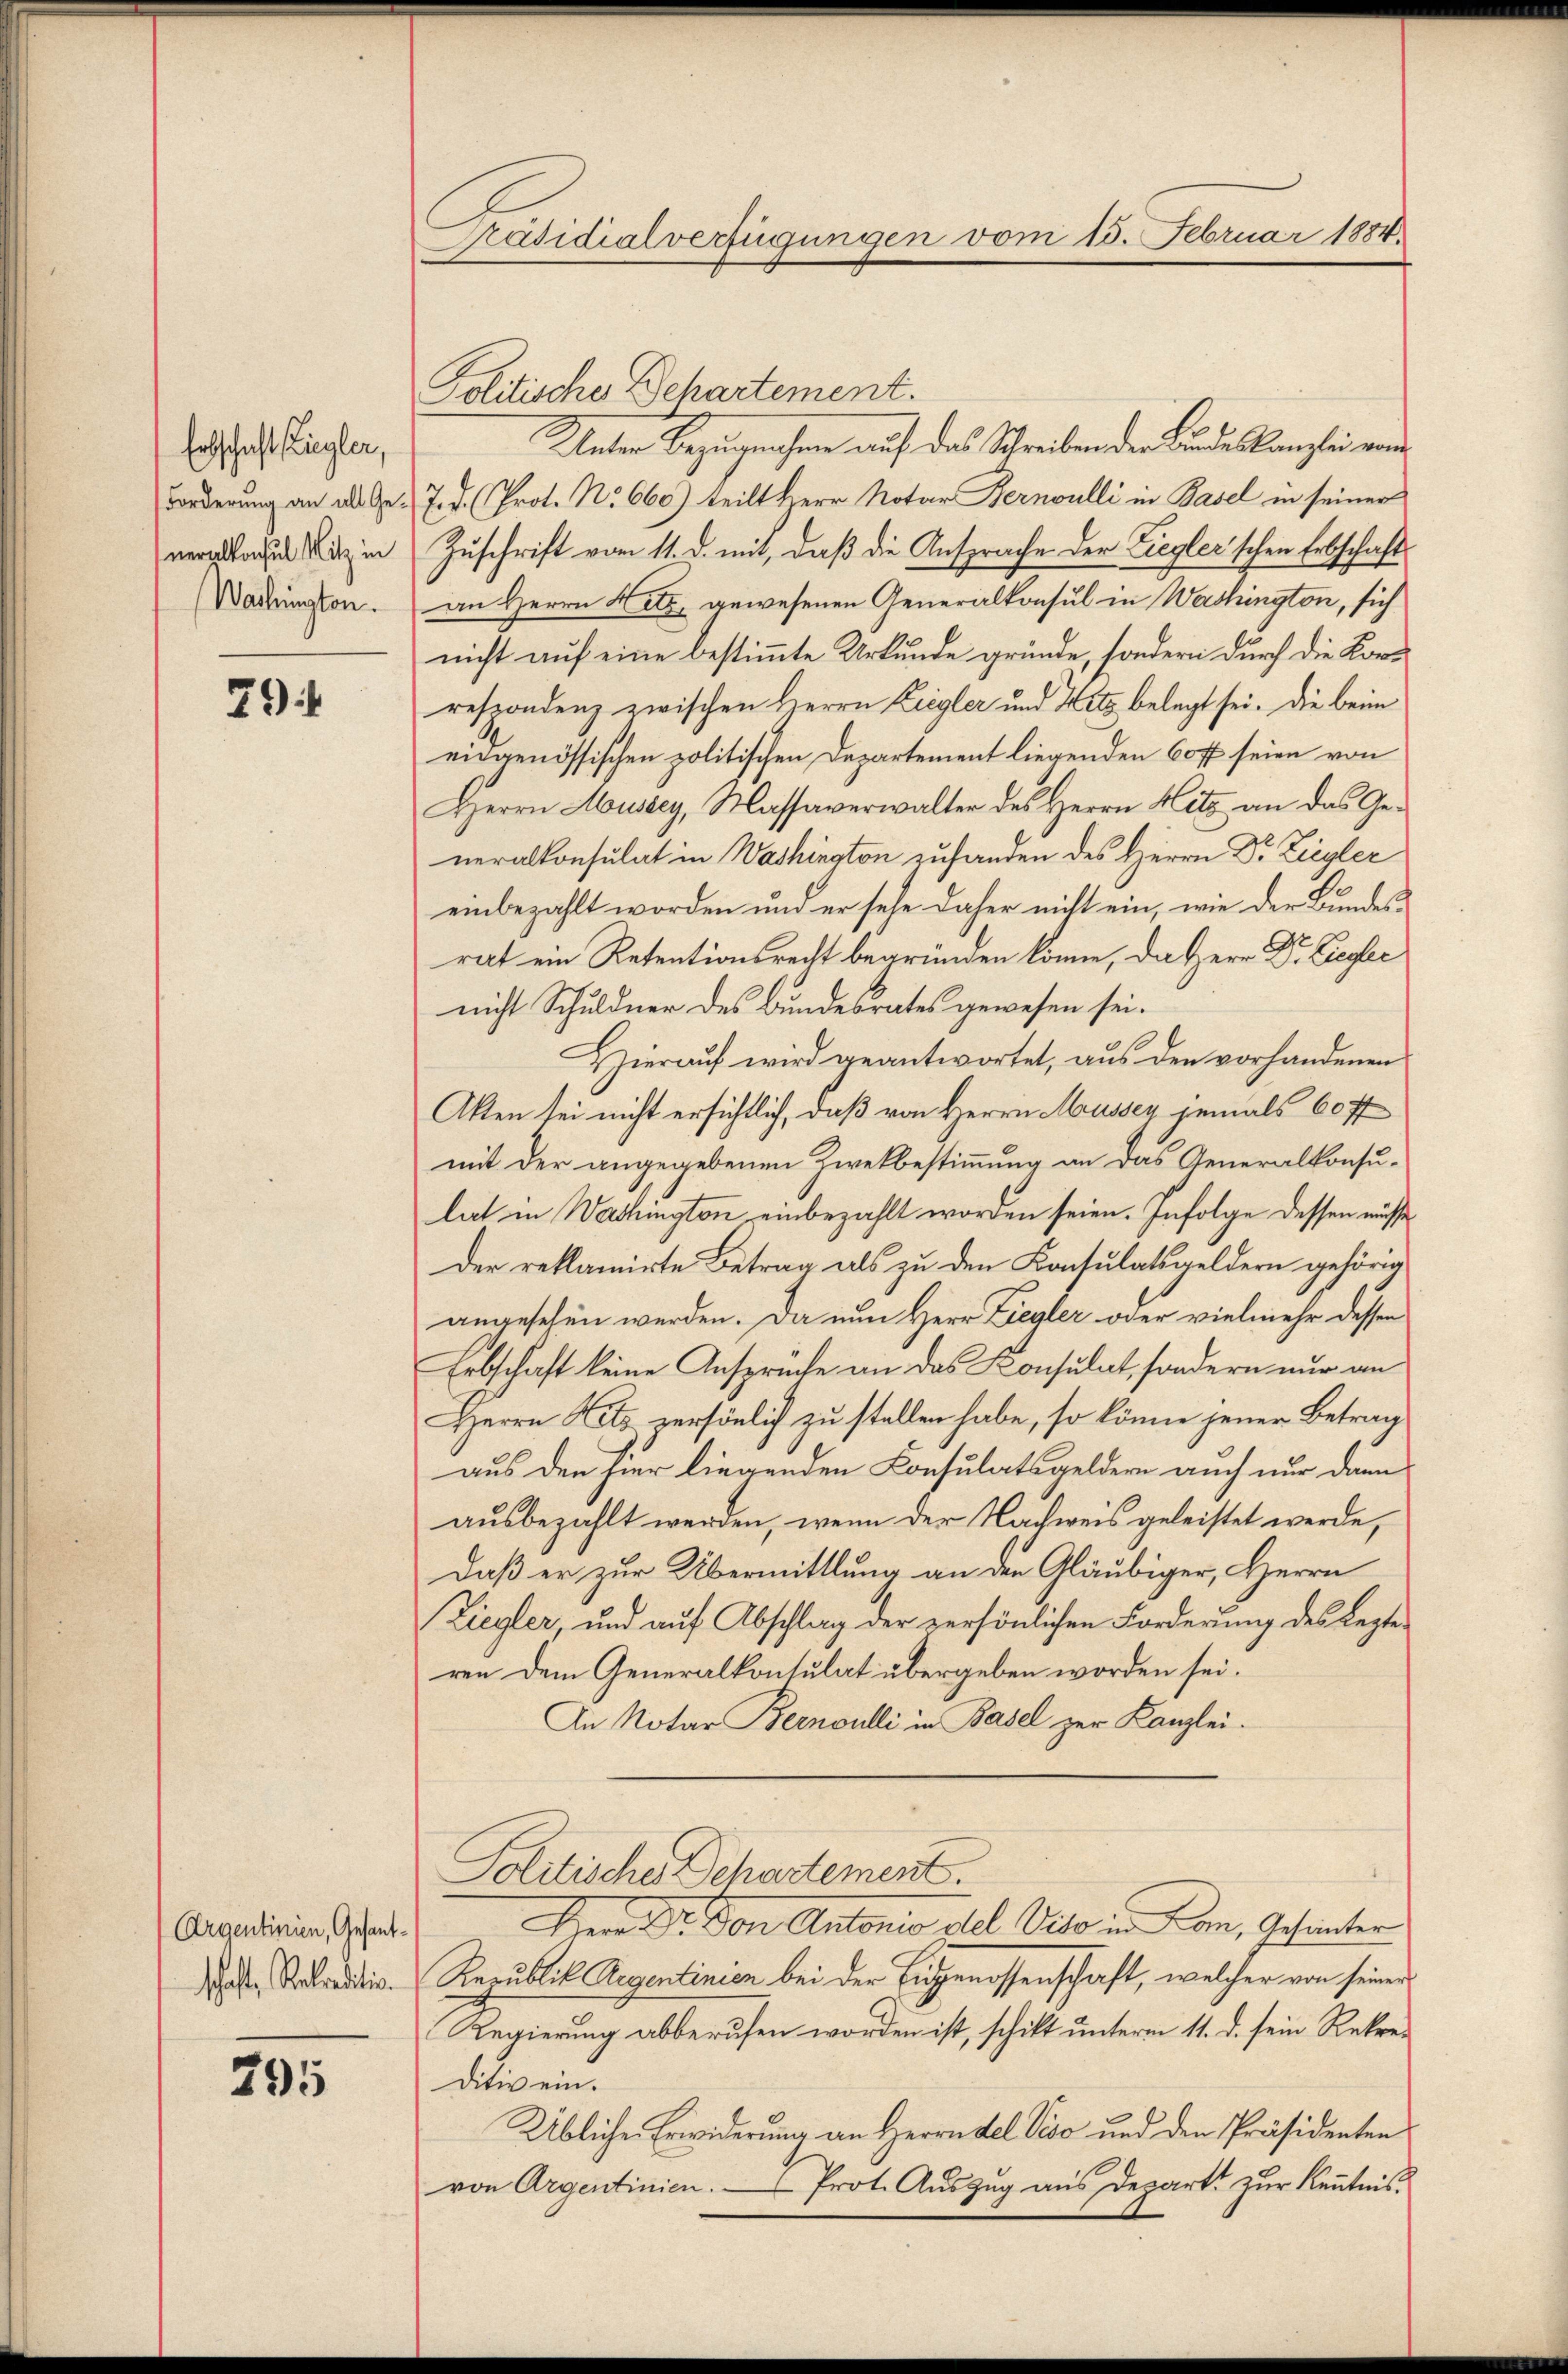
Erbschaft Kriegler,
Forderung an all Generalkonsul Mitz in
Washington.

79

Argentinien, Gesantschaft, Sekredition

295

Präsidialverfügungen vom 15. Februar 1884.

Politische Departement.
Unter Bezugnahme auf das Schreiben der Bundeskanzlei von
7. d. Prot. No 660) teilt Herr Notar Bernoulli in Basel in seiner
Zuschrift vom 11. d. mit, daß die Ansprache der Ziegler'schen Erbschaft
an Herrn Hitz gewesenen Generalkonsul in Washington, sich
nicht auf eine bestimmte Urkunde gründe, sondern durch die Korrespondenz zwischen Herrn Liegler und Hitz belegt sei. Die beim
eidgenössischen politischen Departement liegenden 60ff seien von
Herrn Moussey, Massaverwalter des Herrn Hitz an das Generalkonsulat in Washington zufanden des Herrn Dr. Ziegler
einbezahlt worden und er sehe daher nicht ein, wie der Bundesrat ein Retentionsrecht begründen könne, da Herr Dr. Liegler
nicht Schuldner des Bundesrates gewesen sei.
Hierauf wird geantwortet, aus den vorhandenen
Akten sei nicht ersichtlich, daß von Herrn Musser jemals 60 ff
mit der angegebenen Zwekbestimmung an das Generalkonsulat in Washington einbezahlt worden seien. Infolge dessen müsse
Der reklamirte Betrag als zu den Konsulatsgeldern gehörig
angesehen werden. Da nun Herr Ziegler oder vielmehr dessen
Erbschaft keine Anspruche an das Konsulat, sondern nur an
Herrn Nets. persönlich zu stellen habe, so könne jener Betrag
aus den hier liegenden Consulatsgeldern auch nur dann
ausbezahlt werden, wenn der Nachweis geleistet werde,
Daß er zur Übermittlung an den Gläubiger, Herrn
Ziegler, und auf Abschlag der persönlichen Forderung des Lezte
ren dem Generalkonsulat übergeben worden sei.
In Notar Bernoulli in Basel zur Kanzlei-
Politische Departement.
Den Dr. Von Antonio del Velo in kan, Gesunter
Republik Regentinien bei der Eingenossenschaft, welcher von seiner
Regierung abberufen worden ist, schikt unterm 11. d. sein Rekreditiv ein.
Übliche Erwiderung an Herrn del Vido und den Präsidenten
von Argentinien. Prot. Auszug aus Depart zŭr Kenntnis.